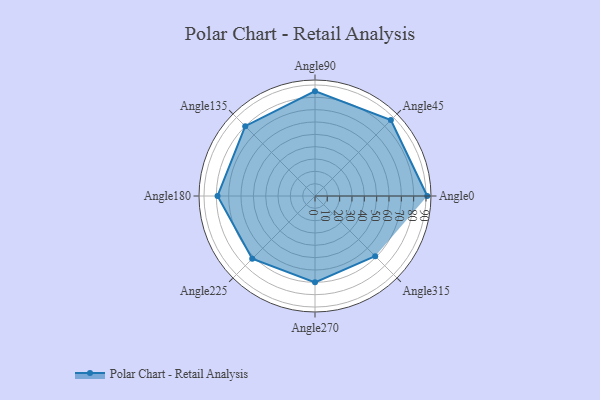
{"axis": {"x": "Angle", "y": "Radius"}, "legend": [""], "data": [{"x": "Angle0", "y": 91.0, "type": ""}, {"x": "Angle45", "y": 87.0, "type": ""}, {"x": "Angle90", "y": 85.0, "type": ""}, {"x": "Angle135", "y": 80.0, "type": ""}, {"x": "Angle180", "y": 79.0, "type": ""}, {"x": "Angle225", "y": 72.0, "type": ""}, {"x": "Angle270", "y": 70.0, "type": ""}, {"x": "Angle315", "y": 69.0, "type": ""}]}